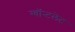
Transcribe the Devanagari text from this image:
ग्वॉन्टलेट